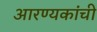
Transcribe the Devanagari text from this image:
आरण्यकांची